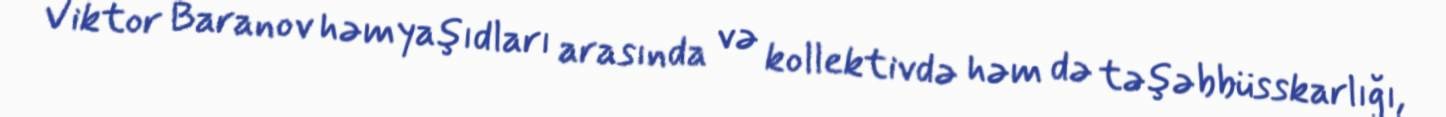
Viktor Baranov həmyaşıdları arasında və kollektivdə həm də təşəbbüsskarlığı,